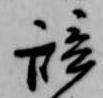
辞